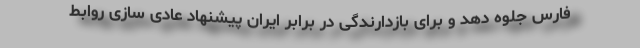
فارس جلوه دهد و برای بازدارندگی در برابر ایران پیشنهاد عادی سازی روابط